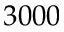
3 0 0 0